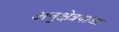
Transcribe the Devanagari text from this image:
अनुक्षेत्रपाळा